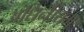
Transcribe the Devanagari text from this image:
अधिनीयम